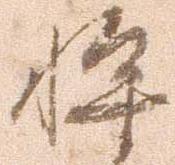
将